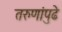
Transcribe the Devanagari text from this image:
तरुणांपुढे